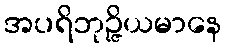
အပရိဘုဉ္ဇိယမာနေ